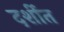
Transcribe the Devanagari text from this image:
दर्शीत